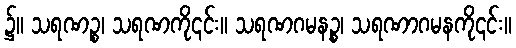
၌။ သရဏဉ္စ၊ သရဏကို၎င်း။ သရဏဂမနဉ္စ၊ သရဏာဂမနကို၎င်း။